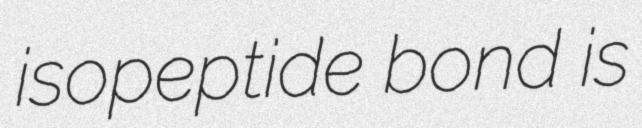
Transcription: isopeptide bond is